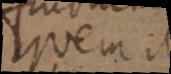
quem illi